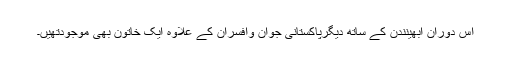
اس دوران ابھینندن کے ساتھ دیگرپاکستانی جوان وافسران کے علاوہ ایک خاتون بھی موجودتھیں۔